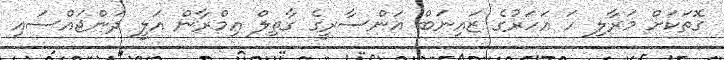
ގޮތަކަށް މަރާލި ހަ އަހަރުގެ ޒައިނަބް އަންސާރީގެ ގާތިލް އިމްރާން އަލީ ދަންޖައްސައި